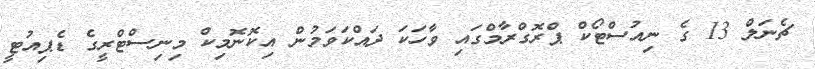
ޗެނަލް 13 ގެ ނިއުސްޓޯކް ޕްރޮގްރާމްގައި ވާހަކަ ދައްކަވަމުން އިކޮނޮމިކް މިނިސްޓްރީގެ ޑެޕިއުޓީ